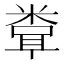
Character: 𬖧